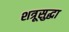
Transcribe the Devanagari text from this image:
शत्रूसुद्धा